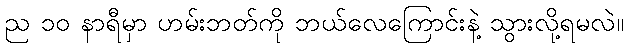
ည ၁၀ နာရီမှာ ဟမ်းဘတ်ကို ဘယ်လေကြောင်းနဲ့ သွားလို့ရမလဲ။